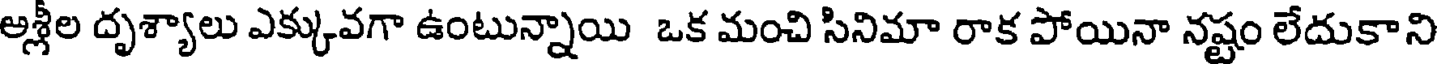
అశ్లీల దృశ్యాలు ఎక్కువగా ఉంటున్నాయి ఒక మంచి సినిమా రాక పోయినా నష్టం లేదుకాని